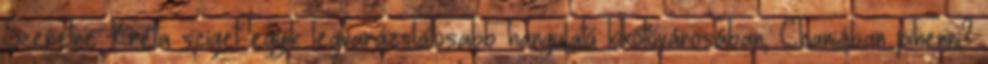
Szeretne Kréta sziget egyik legvarázslatosabb hangulatú kikötővárosában, Chaniában pihenni?